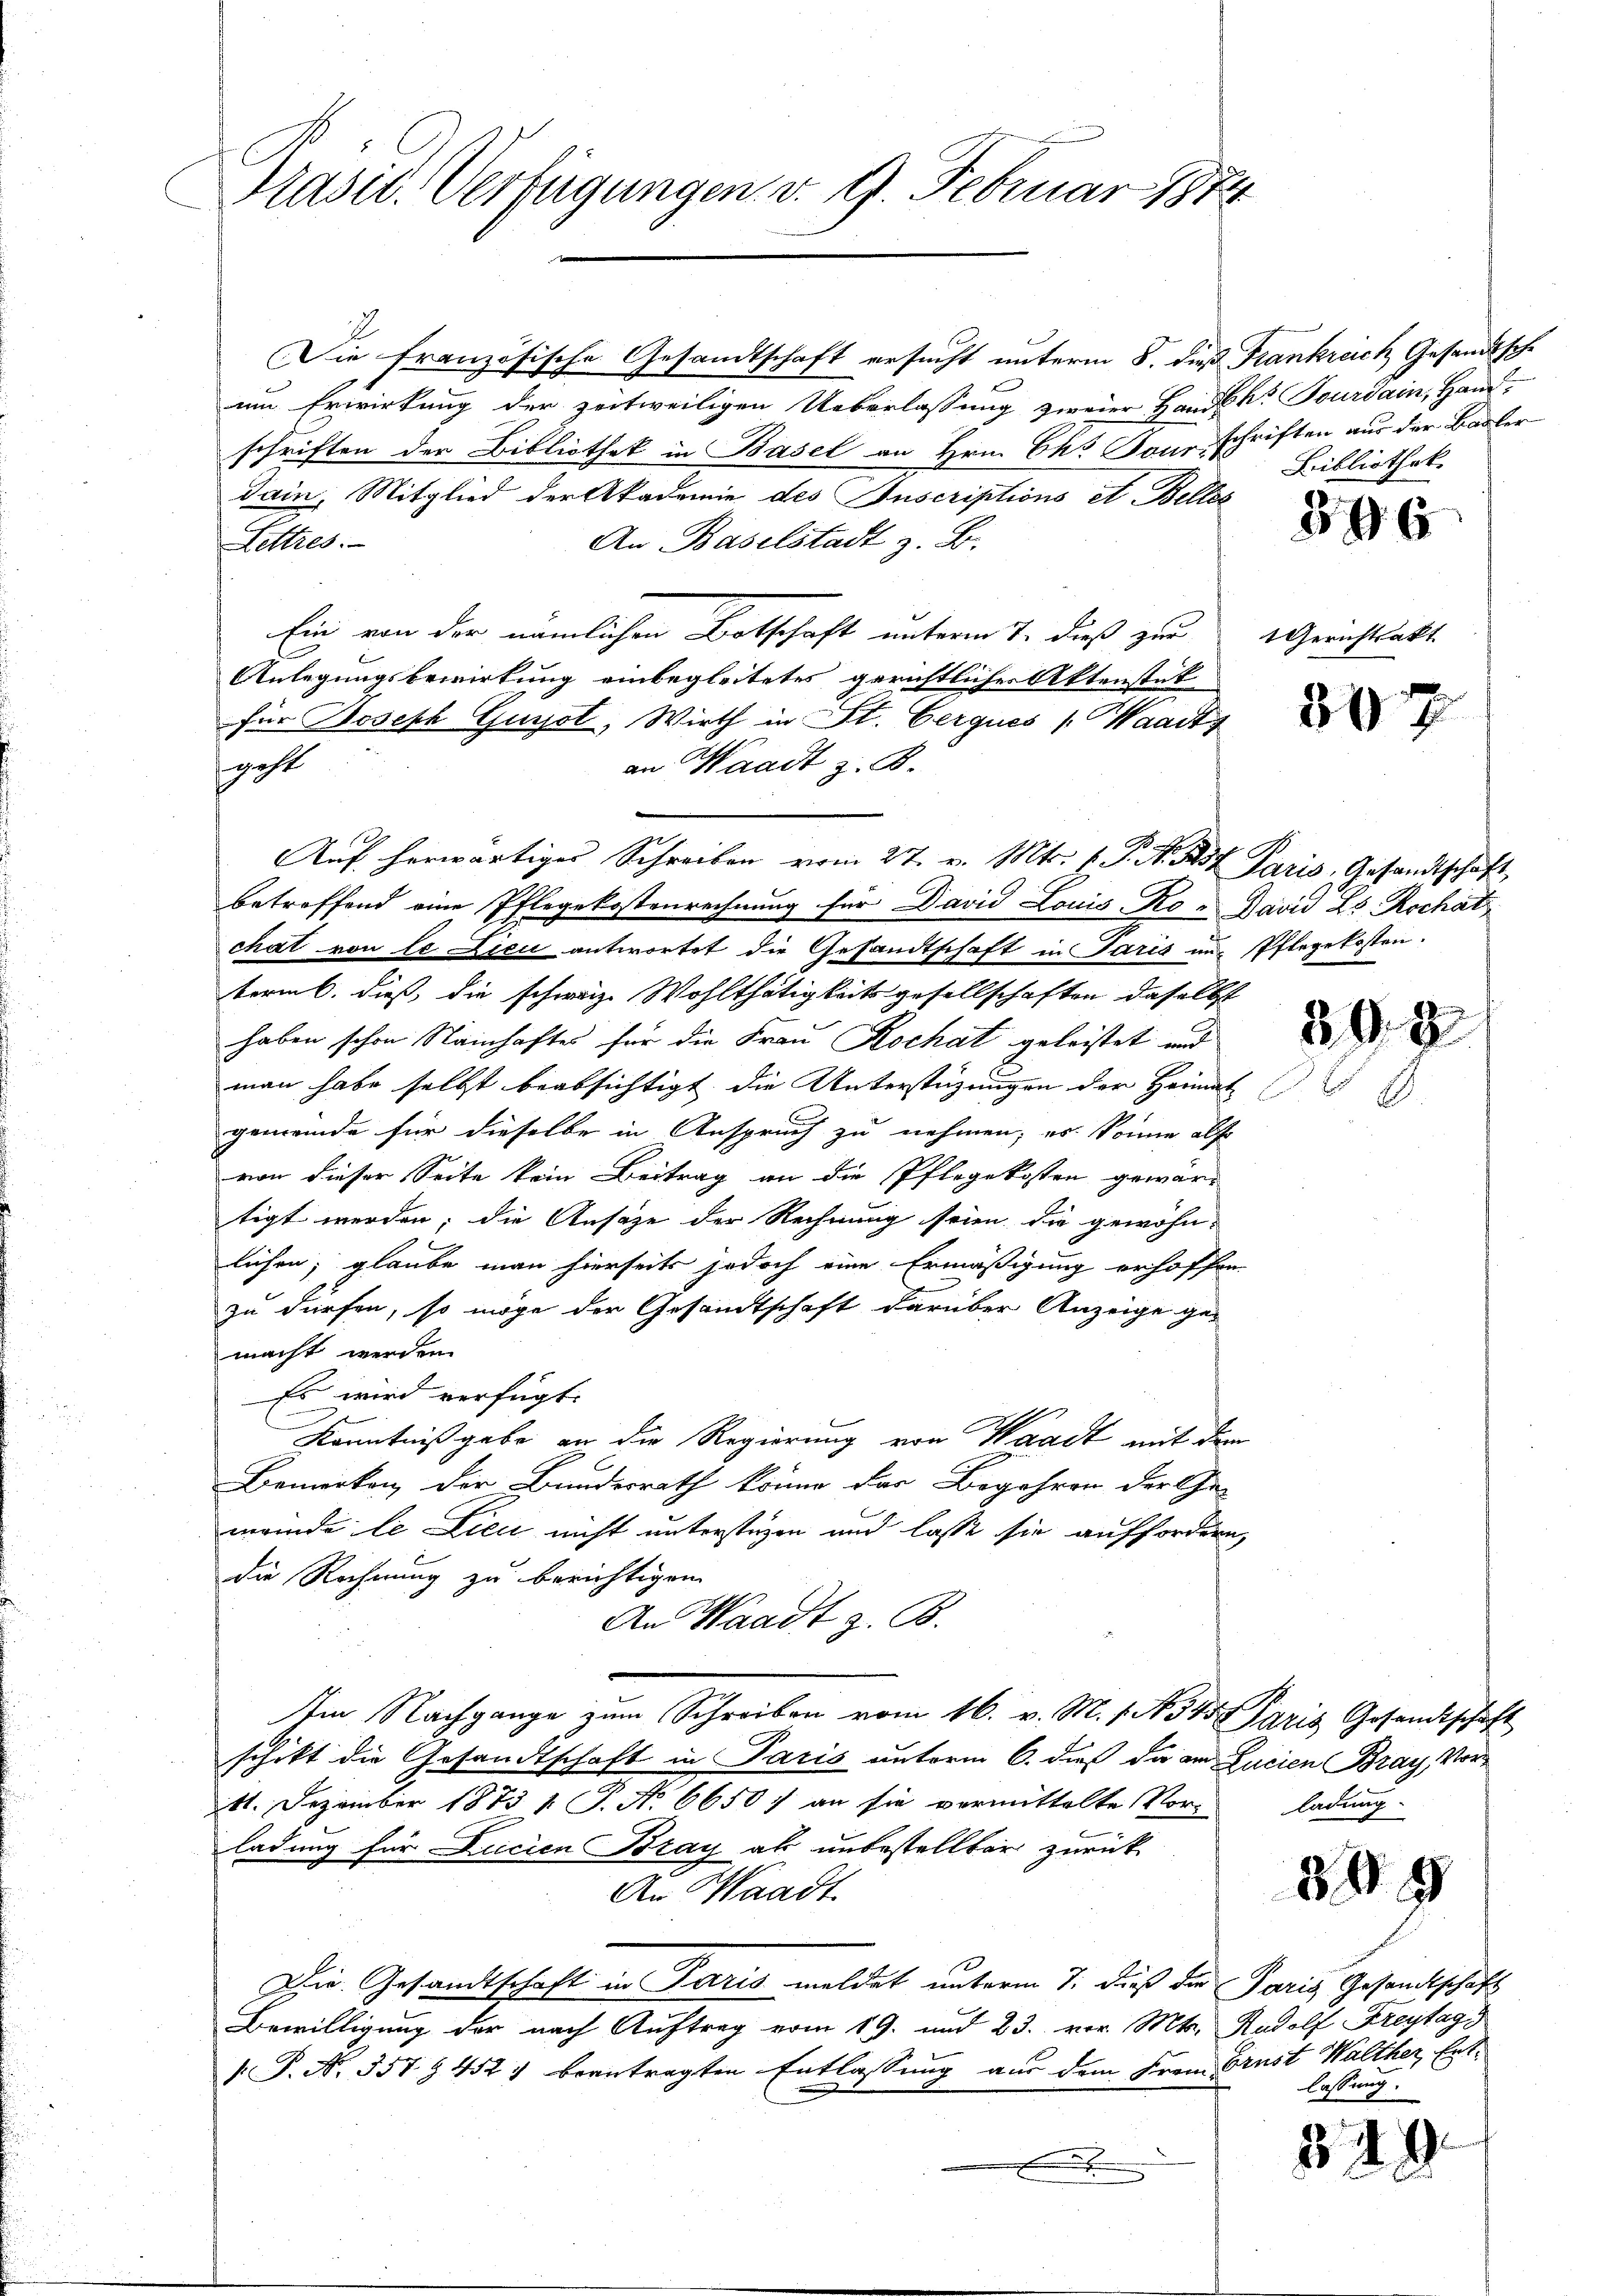
Präsid. Verfügungen v. 9. Februar 1874

Die französische Gesandtschaft ersucht unterm 8. dieß Frankreich Gesandtsche
um Erwirkung der zeitweiligen Ueberlassung zweier Hansehr Fourdain, Hand-
schriften der Bibliothek in Basel an Hrn. Ch. Tour schriften aus der Basler
Tain, Mitglied der Akademie des Inscriptions et Belle
An Baselstadt z. B.
Lettres.
Ein von der nämlichen Botschaft unterm 7. dieß zur Gerichtsakt
Anlegungsbewirkung einbegleitetes gerichtlicher Aktenstück
für Joseph Gugol, Wirth in St. Gerques /: Waadt
an Waadt z. B.
sgest
Aŭf herwärtiger Schreiben vom 27. v. Mts. f. P. Nr. 337 Paris, Gesandtschaft
betreffend eine Pflegekostenrechnung für David Louis Ro-Javid Zs Rochat
chat von le Licu antwortet die Gesandtschaft in Paris um Pflegekosten.
term 6. dieß, die schweiz. Wohlthätigkeitsgesellschaften daselbst
haben schon Namhaftes für die Frau Kochat geleistet und
man habe selbst beabsichtigt, die Unterstüzungen der Hermat
gemeinde für dieselbe in Anspruch zu nehmen; es könne also
von dieser Seite kein Beitrag an die Pflegekosten gewärtigt werden; die Ansage der Rechnung seien die gewöhn-
lichen, glaube man hierseits jedoch eine Ermäßigung erhoffen.
zu dürfen, so möge der Gesandtschaft darüber Anzeige ge-
macht werden.
Es wird verfügt:
Kenntniß gebe an die Regierung von Waadt mit dem
Bemerken, der Bundesrath könne das Begehren der Gemeide le Lieu nicht unterstüzen und lasse sie auffordern,
die Rechnung zu berichtigen.
An Waadt z. B.
Am Nachgange zŭm Schreiben vom 16. v. M. 1. 343 Paris Gesandtschaft
schikt die Gesandtschaft in Paris unterm 6. dieß da am Lucien Bray, Vor¬
11. Dezember 1873 1. P. No 6650 / an sie vermittelte Vorladung.
ladung für Ducien Bray als unbestellter zurück
An Waadt
Die Gesandtschaft in Paris meldet unterm 7. dieß der Paris Gesandtschaft
Bewilligung der nach Auftrag vom 19. und 23. vor. Mts. Rudolf Freytags
1 P. N. 557 § 452) beantragten Entlassung aus dem Frem Brust Walther, Ent¬

Bibliothek.

896

307

29.8

398

lassung.

349.
u